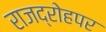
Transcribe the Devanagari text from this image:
राजद्रोहपर